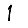
Digit: 1